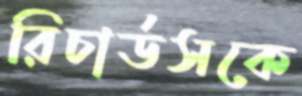
রিচার্ডসকে